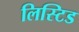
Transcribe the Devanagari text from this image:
लिस्टिड